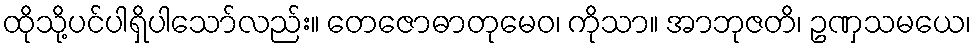
ထိုသို့ပင်ပါရှိပါသော်လည်း။ တေဇောဓာတုမေဝ၊ ကိုသာ။ အာဘုဇတိ၊ ဥဏှသမယေ၊